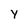
Character: Y